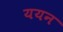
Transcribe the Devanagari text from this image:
ययन